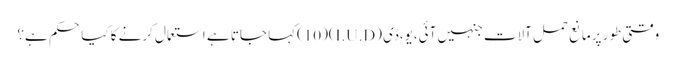
وقتی طور پرمانع حمل آلات جنہیں آئی،یو،ڈی (I.U.D)(10)کہا جاتا ہے استعمال کرنے کا کیا حکم ہے؟